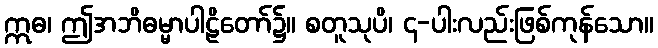
ဣဓ၊ ဤအဘိဓမ္မာပါဠိတော်၌။ စတူသုပိ၊ ၄-ပါးလည်းဖြစ်ကုန်သော။